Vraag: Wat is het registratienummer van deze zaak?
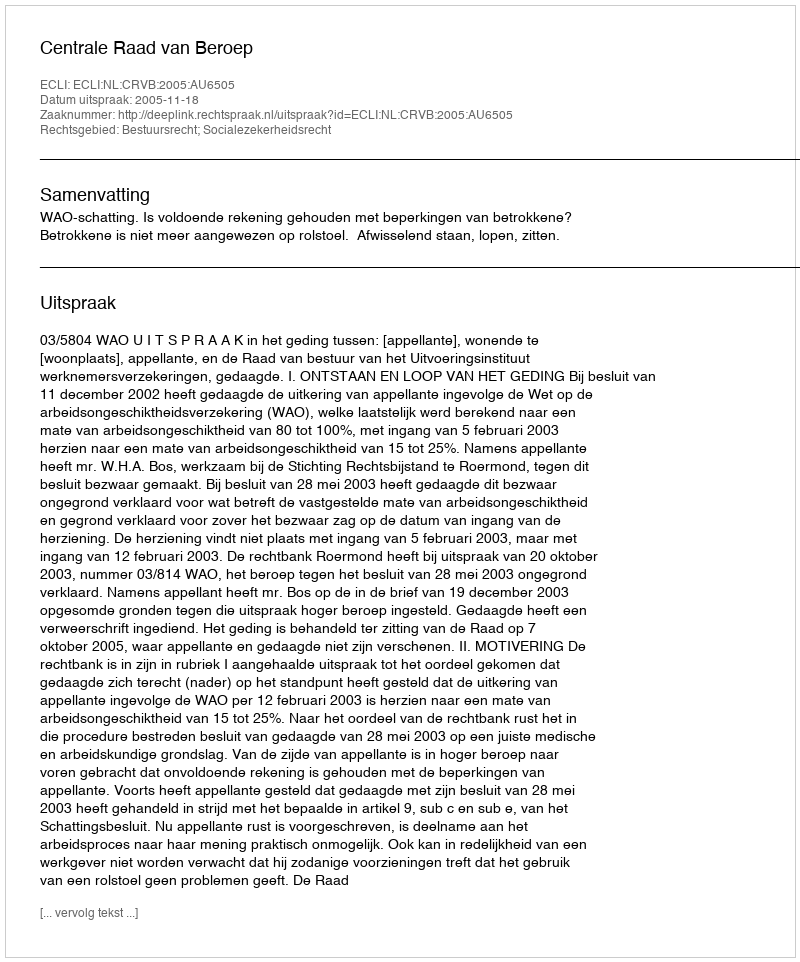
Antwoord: http://deeplink.rechtspraak.nl/uitspraak?id=ECLI:NL:CRVB:2005:AU6505